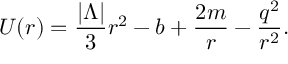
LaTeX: U ( r ) = \frac { | \Lambda | } { 3 } r ^ { 2 } - b + \frac { 2 m } { r } - \frac { q ^ { 2 } } { r ^ { 2 } } .